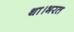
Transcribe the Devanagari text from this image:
था।भरत